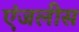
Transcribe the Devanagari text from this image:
एंजलीस